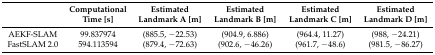
|  | Computational Time [s] | Estimated Landmark A [m] | Estimated Landmark B [m] | Estimated Landmark C [m] | Estimated Landmark D [m] |
 | --- | --- | --- | --- | --- | --- |
 | AEKF-SLAM | 99.837974 | (885.5, −22.53) | (904.9, 6.886) | (964.4, 11.27) | (988, −24.21) |
 | FastSLAM 2.0 | 594.113594 | (879.4, −72.63) | (902.6, −46.26) | (961.7, −48.6) | (981.5, −86.27) |